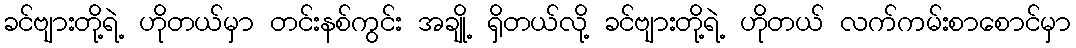
ခင်ဗျားတို့ရဲ့ ဟိုတယ်မှာ တင်းနစ်ကွင်း အချို့ ရှိတယ်လို့ ခင်ဗျားတို့ရဲ့ ဟိုတယ် လက်ကမ်းစာစောင်မှာ